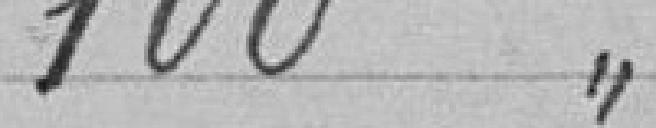
100 "